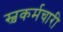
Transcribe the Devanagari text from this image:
स्वकर्मचारी